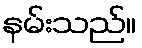
နမ်းသည်။